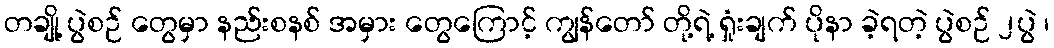
တချို့ ပွဲစဉ် တွေမှာ နည်းစနစ် အမှား တွေကြောင့် ကျွန်တော် တို့ရဲ့ ရှုံးချက် ပိုနာ ခဲ့ရတဲ့ ပွဲစဉ် ၂ပွဲ ၊